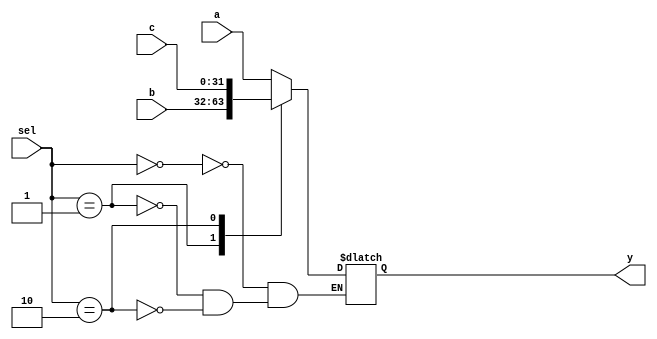
module mux3(sel, a, b, c, y);
    parameter bitwidth=32;
    input   [1:0] sel;
    input   [bitwidth-1:0] a, b, c;
    output  [bitwidth-1:0] y;
    reg     [bitwidth-1:0] y;

    always @(sel or a or b or c)
    begin
        case (sel)
            2'b00 : y = a;
            2'b01 : y = b;
            2'b10 : y = c;
        endcase
    end
endmodule